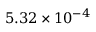
5 . 3 2 \times 1 0 ^ { - 4 }